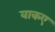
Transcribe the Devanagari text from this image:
वाकए